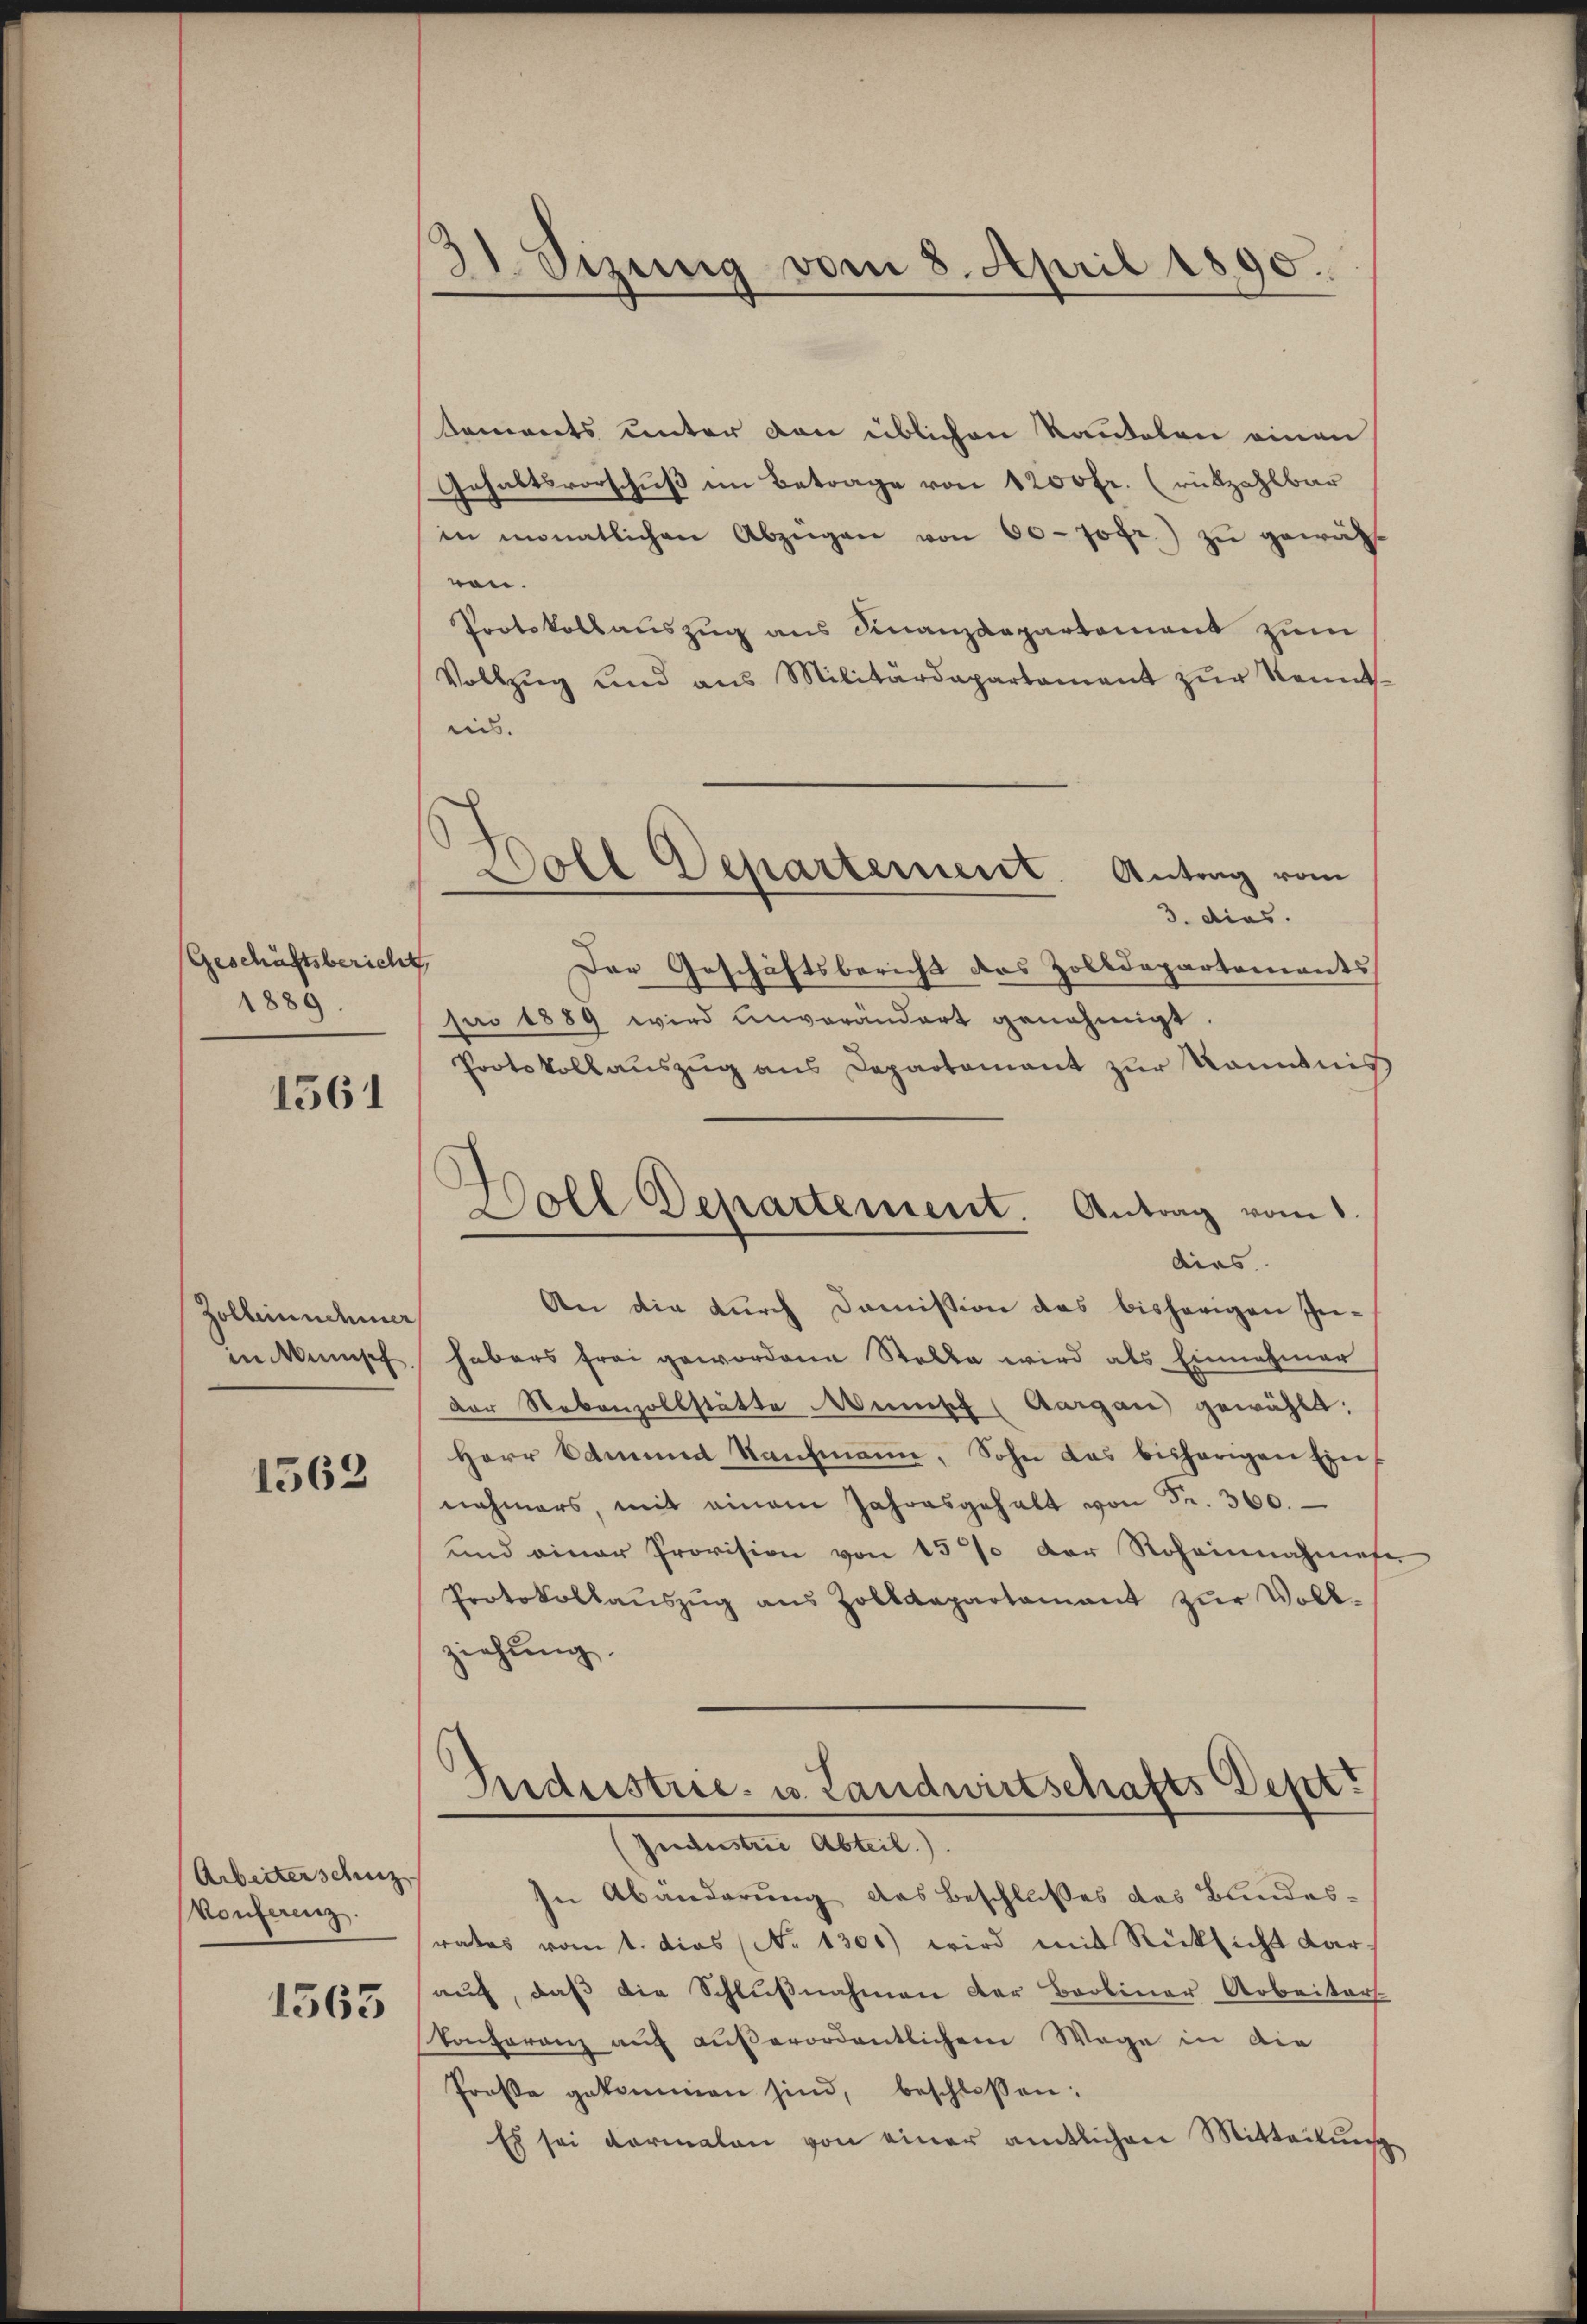
Geschäftsbericht
1889.

1561

Zolbeinnehmer
in Minisch

1562

Arbeiterschinz
konferenz.

1563

31. Sizung vom 8. April 1890.

Saments unter von üblichen Rautelen einen
Gehaltsvorschuß im Betrage von 1200 fr. (rükzahlbar
in monatlichen Abzügen von 60 - fogr.) zu gewähren.
Protokollauszug aus Finanzdepartement zum
Vollzŭg und aus Militärdepartament zŭr Kennt-
ein.
3. dies.
.
Der Geschäftsbericht des Zolldepartements
pro 1889 wird unverändert genehmigt
Protokoll auszug aus Departamant zur Kenntnis
dirs
An die durch Domission das bisherigen In-
habers frei gewordene Stelle wird als Einnahmer
der Nebenzollstätte Minisch (Aargau gewählt:
Herr Admina Kaufmann, Sohn das bisherigen Ein
nahmers, mit einem Jahresgehalt von Fr. 360.
und einer Provision von 15% der Roheinnahmete
Protokollaŭszŭg aŭs Zolldepartamant zŭr Voll-
ziehung.
Industrie- u. Landwirtschafts Dest?
(Jndustrie Abteil.).
In Abänderung des Beschlußes des Bundesrates vom 1. dies (N. 1300) wird mit Rücksicht Kar-
auf, daß die Schlußnahmen der Broliner Arbeiters
Conferenz auf außerordentlichem Wege in die
Prose gekommen sind, beschlossen:
Es sei dermalen von einer amtlichen Mitteilŭng

Soll Departement. Antrag vom

Doll Departement. Antrag vom 1.